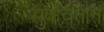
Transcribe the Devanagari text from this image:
सुकवतात